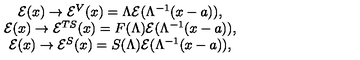
\begin{array} { c } { \mathcal { E } ( x ) \rightarrow \mathcal { E } ^ { V } ( x ) = \Lambda \mathcal { E } ( \Lambda ^ { - 1 } ( x - a ) ) , } \\ { \mathcal { E } ( x ) \rightarrow \mathcal { E } ^ { T S } ( x ) = F ( \Lambda ) \mathcal { E } ( \Lambda ^ { - 1 } ( x - a ) ) , } \\ { \mathcal { E } ( x ) \rightarrow \mathcal { E } ^ { S } ( x ) = S ( \Lambda ) \mathcal { E } ( \Lambda ^ { - 1 } ( x - a ) ) , } \\ \end{array}